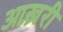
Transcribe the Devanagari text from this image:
आख़्ररी